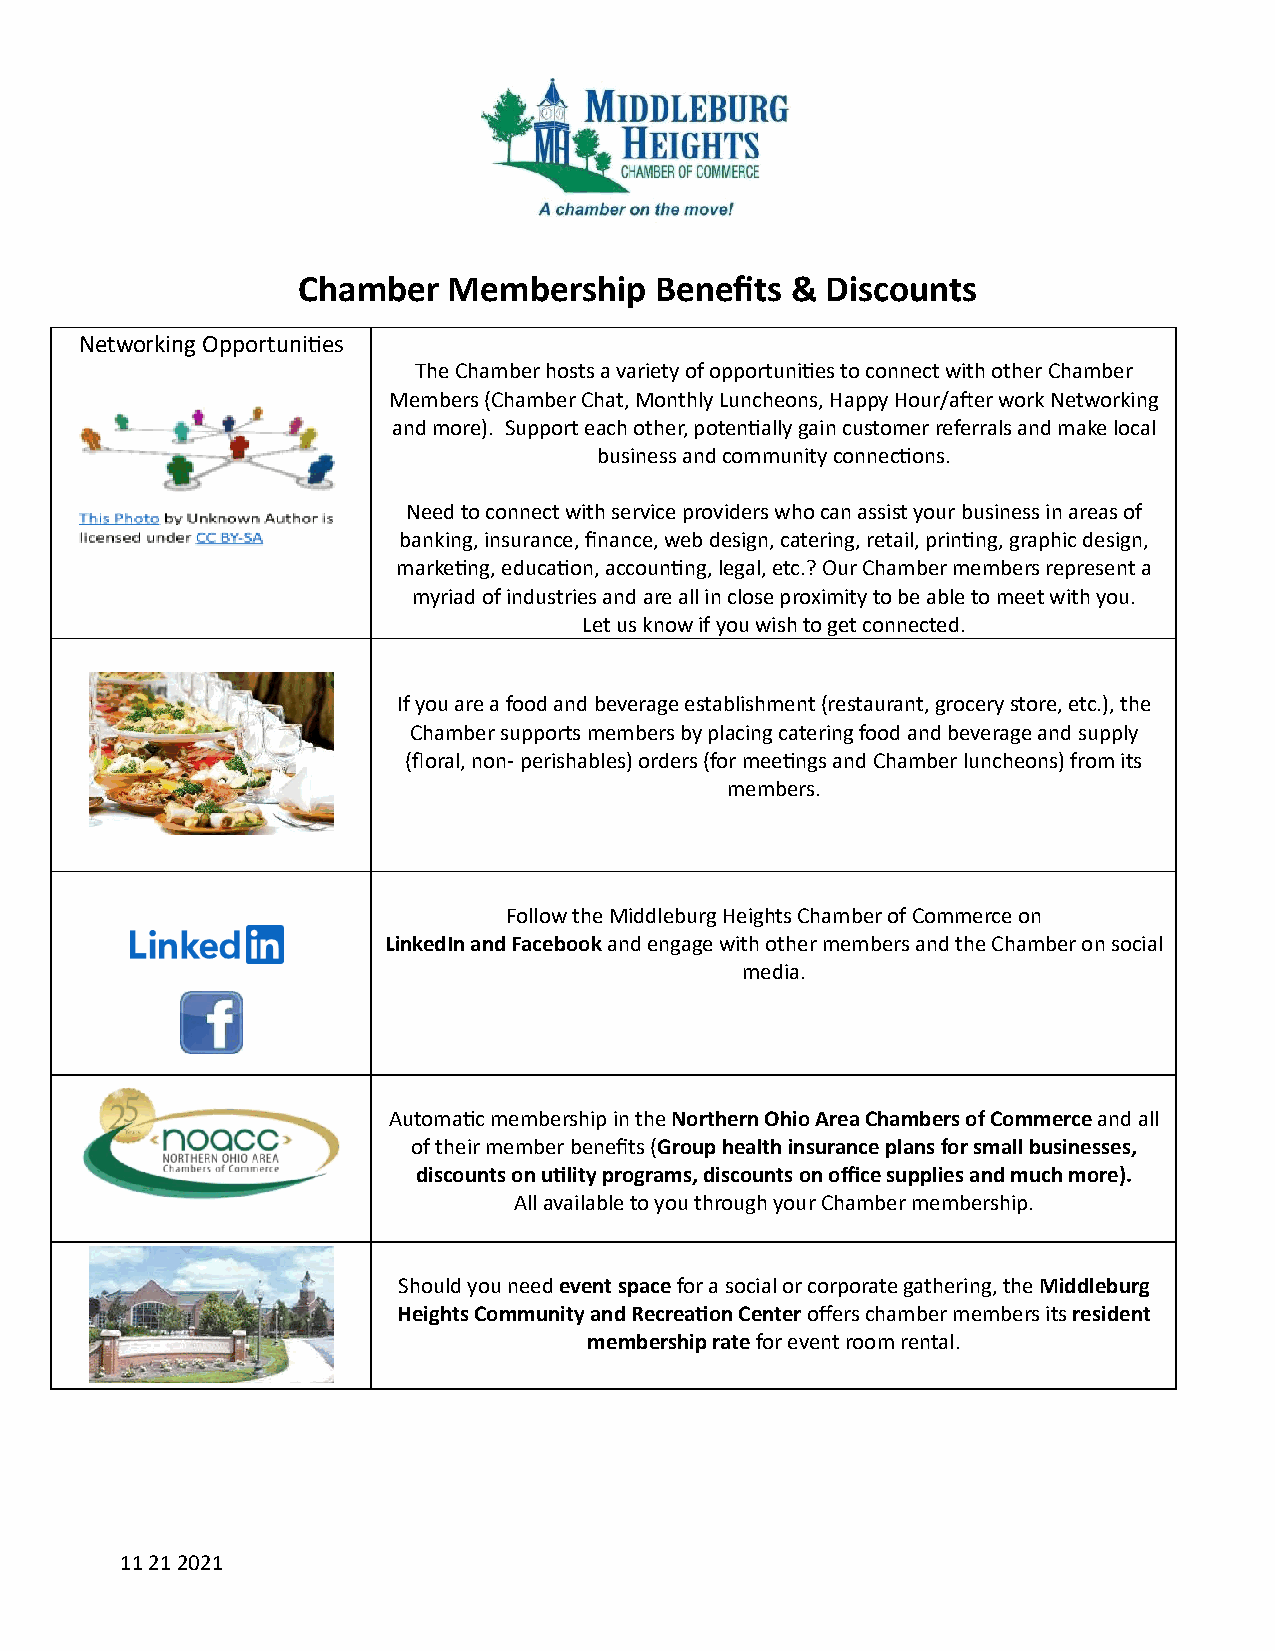
Chamber   Membership   Benefits &  Discounts
 Networking Opportunies
 The Chamber hosts a variety of opportunies to connect with other Chamber
 Members (Chamber Chat, Monthly Luncheons, Happy Hour/aer work Networking
 and more). Support each other, potenally gain customer referrals and make local
 business and community connecons.
 Need to connect with service providers who can assist your business in areas of
 banking, insurance, finance, web design, catering, retail, prinng, graphic design,
 markeng, educaon, accounng, legal, etc.? Our Chamber members represent a
 myriad of industries and are all in close proximity to be able to meet with you.
 Let us know if you wish to get connected.
 If you are a food and beverage establishment (restaurant, grocery store, etc.), the
 Chamber supports members by placing catering food and beverage and supply
 (floral, non- perishables) orders (for meengs and Chamber luncheons) from its
 members.
 Follow the Middleburg Heights Chamber of Commerce on
 LinkedIn and Facebook and engage with other members and the Chamber on social
 media.
 Automac membership in the Northern Ohio Area Chambers of Commerce and all
 of their member benefits ( Group health insurance plans for small businesses,
 discounts on ulity programs, discounts on office supplies and much more).
 All available to you through your Chamber membership.
 Should you need event space for a social or corporate gathering, the Middleburg
 Heights Community and Recreaon Center offers chamber members its resident
 membership rate for event room rental.
 11 21 2021